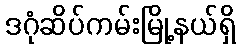
ဒဂုံဆိပ်ကမ်းမြို့နယ်ရှိ